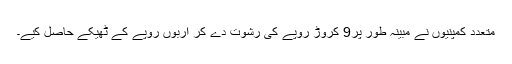
متعدد کمپنیوں نے مبینہ طور پر9 کروڑ روپے کی رشوت دے کر اربوں روپے کے ٹھیکے حاصل کیے۔